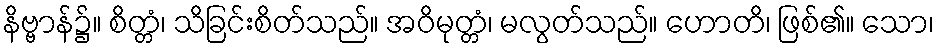
နိဗ္ဗာန်၌။ စိတ္တံ၊ သိခြင်းစိတ်သည်။ အဝိမုတ္တံ၊ မလွတ်သည်။ ဟောတိ၊ ဖြစ်၏။ သော၊